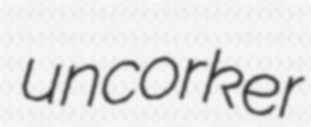
uncorker